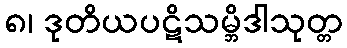
၈၊ ဒုတိယပဋိသမ္ဘိဒါသုတ္တ